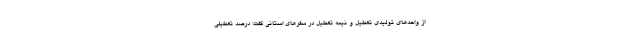
از واحدهای تولیدی تعطیل و نیمه تعطیل در سفرهای استانی گفت: درصد تعطیلی